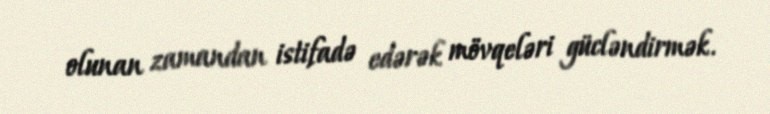
olunan zamandan istifadə edərək mövqeləri gücləndirmək.